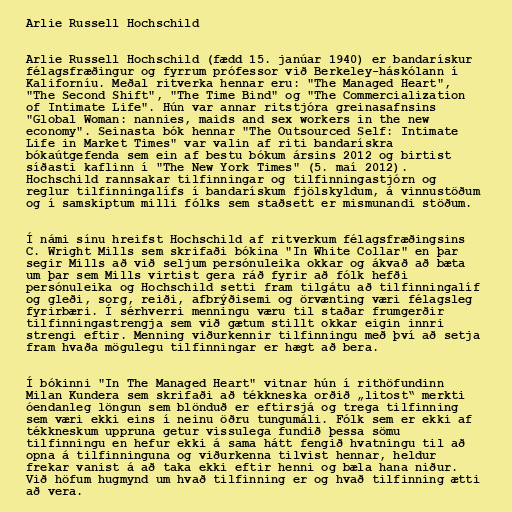
Arlie Russell Hochschild

Arlie Russell Hochschild (fædd 15. janúar 1940) er bandarískur
félagsfræðingur og fyrrum prófessor við Berkeley-háskólann í
Kaliforníu. Meðal ritverka hennar eru: "The Managed Heart",
"The Second Shift", "The Time Bind" og "The Commercialization
of Intimate Life". Hún var annar ritstjóra greinasafnsins
"Global Woman: nannies, maids and sex workers in the new
economy". Seinasta bók hennar "The Outsourced Self: Intimate
Life in Market Times" var valin af riti bandarískra
bókaútgefenda sem ein af bestu bókum ársins 2012 og birtist
síðasti kaflinn í "The New York Times" (5. maí 2012).
Hochschild rannsakar tilfinningar og tilfinningastjórn og
reglur tilfinningalífs í bandarískum fjölskyldum, á vinnustöðum
og í samskiptum milli fólks sem staðsett er mismunandi stöðum.

Í námi sínu hreifst Hochschild af ritverkum félagsfræðingsins
C. Wright Mills sem skrifaði bókina "In White Collar" en þar
segir Mills að við seljum persónuleika okkar og ákvað að bæta
um þar sem Mills virtist gera ráð fyrir að fólk hefði
persónuleika og Hochschild setti fram tilgátu að tilfinningalíf
og gleði, sorg, reiði, afbrýðisemi og örvænting væri félagsleg
fyrirbæri. Í sérhverri menningu væru til staðar frumgerðir
tilfinningastrengja sem við gætum stillt okkar eigin innri
strengi eftir. Menning viðurkennir tilfinningu með því að setja
fram hvaða mögulegu tilfinningar er hægt að bera.

Í bókinni "In The Managed Heart" vitnar hún í rithöfundinn
Milan Kundera sem skrifaði að tékkneska orðið „litost“ merkti
óendanleg löngun sem blönduð er eftirsjá og trega tilfinning
sem væri ekki eins í neinu öðru tungumáli. Fólk sem er ekki af
tékkneskum uppruna getur vissulega fundið þessa sömu
tilfinningu en hefur ekki á sama hátt fengið hvatningu til að
opna á tilfinninguna og viðurkenna tilvist hennar, heldur
frekar vanist á að taka ekki eftir henni og bæla hana niður.
Við höfum hugmynd um hvað tilfinning er og hvað tilfinning ætti
að vera.